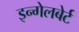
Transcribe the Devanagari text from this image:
इन्गेलबेर्ट